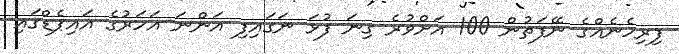
ފިރިހެނެއްގެ ނޭފަތުން 100 އަށްވުރެ ގިނަ ފުޅަ ނަގައިފި އަންނަ އަހަރުގެ އައިޕެޑްގައި